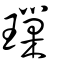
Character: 璅